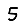
Digit: 5